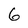
Character: 6